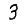
Digit: 3